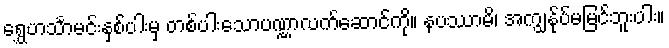
ရွှေဟင်္သာမင်းနှစ်ပါးမှ တစ်ပါးသောပဏ္ဏာလက်ဆောင်ကို။ နပဿာမိ၊ အကျွန်ုပ်မမြင်ဘူးပါး။